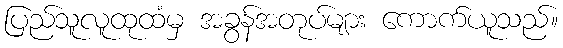
ပြည်သူလူထုထံမှ အခွန်အတုပ်များ ကောက်ယူသည်။